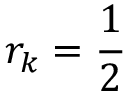
r _ { k } = { \frac { 1 } { 2 } }